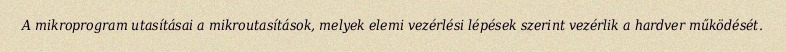
A mikroprogram utasításai a mikroutasítások, melyek elemi vezérlési lépések szerint vezérlik a hardver működését.